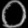
Digit: ၀